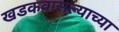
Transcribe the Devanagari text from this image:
खडकवासल्याच्या